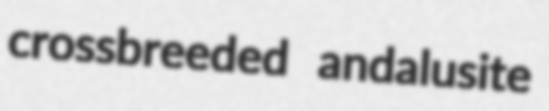
crossbreeded andalusite